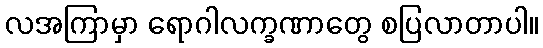
လအကြာမှာ ရောဂါလက္ခဏာတွေ စပြလာတာပါ။